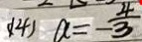
( 1 4 ) a = - \frac { 4 } { 3 }